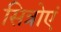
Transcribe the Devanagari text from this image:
सित्रोएं